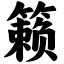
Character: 籁